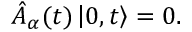
\hat { A } _ { \alpha } ( t ) \left| 0 , t \right> = 0 .